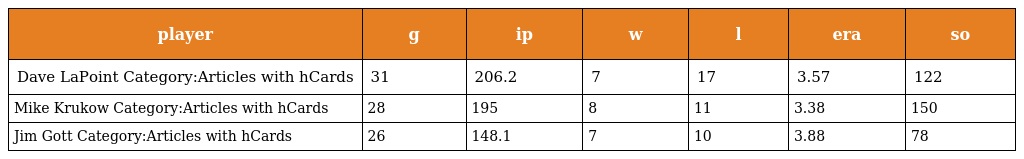
| player | g | ip | w | l | era | so |
 | --- | --- | --- | --- | --- | --- | --- |
 | Dave LaPoint Category:Articles with hCards | 31 | 206.2 | 7 | 17 | 3.57 | 122 |
 | Mike Krukow Category:Articles with hCards | 28 | 195 | 8 | 11 | 3.38 | 150 |
 | Jim Gott Category:Articles with hCards | 26 | 148.1 | 7 | 10 | 3.88 | 78 |